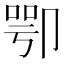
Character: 卾